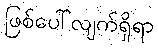
ဖြစ်ပေါ်လျက်ရှိရာ